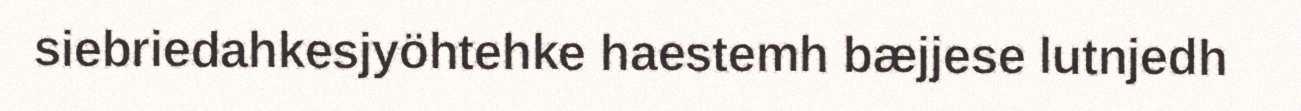
siebriedahkesjyöhtehke haestemh bæjjese lutnjedh